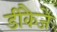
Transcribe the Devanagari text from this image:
डीकैजे